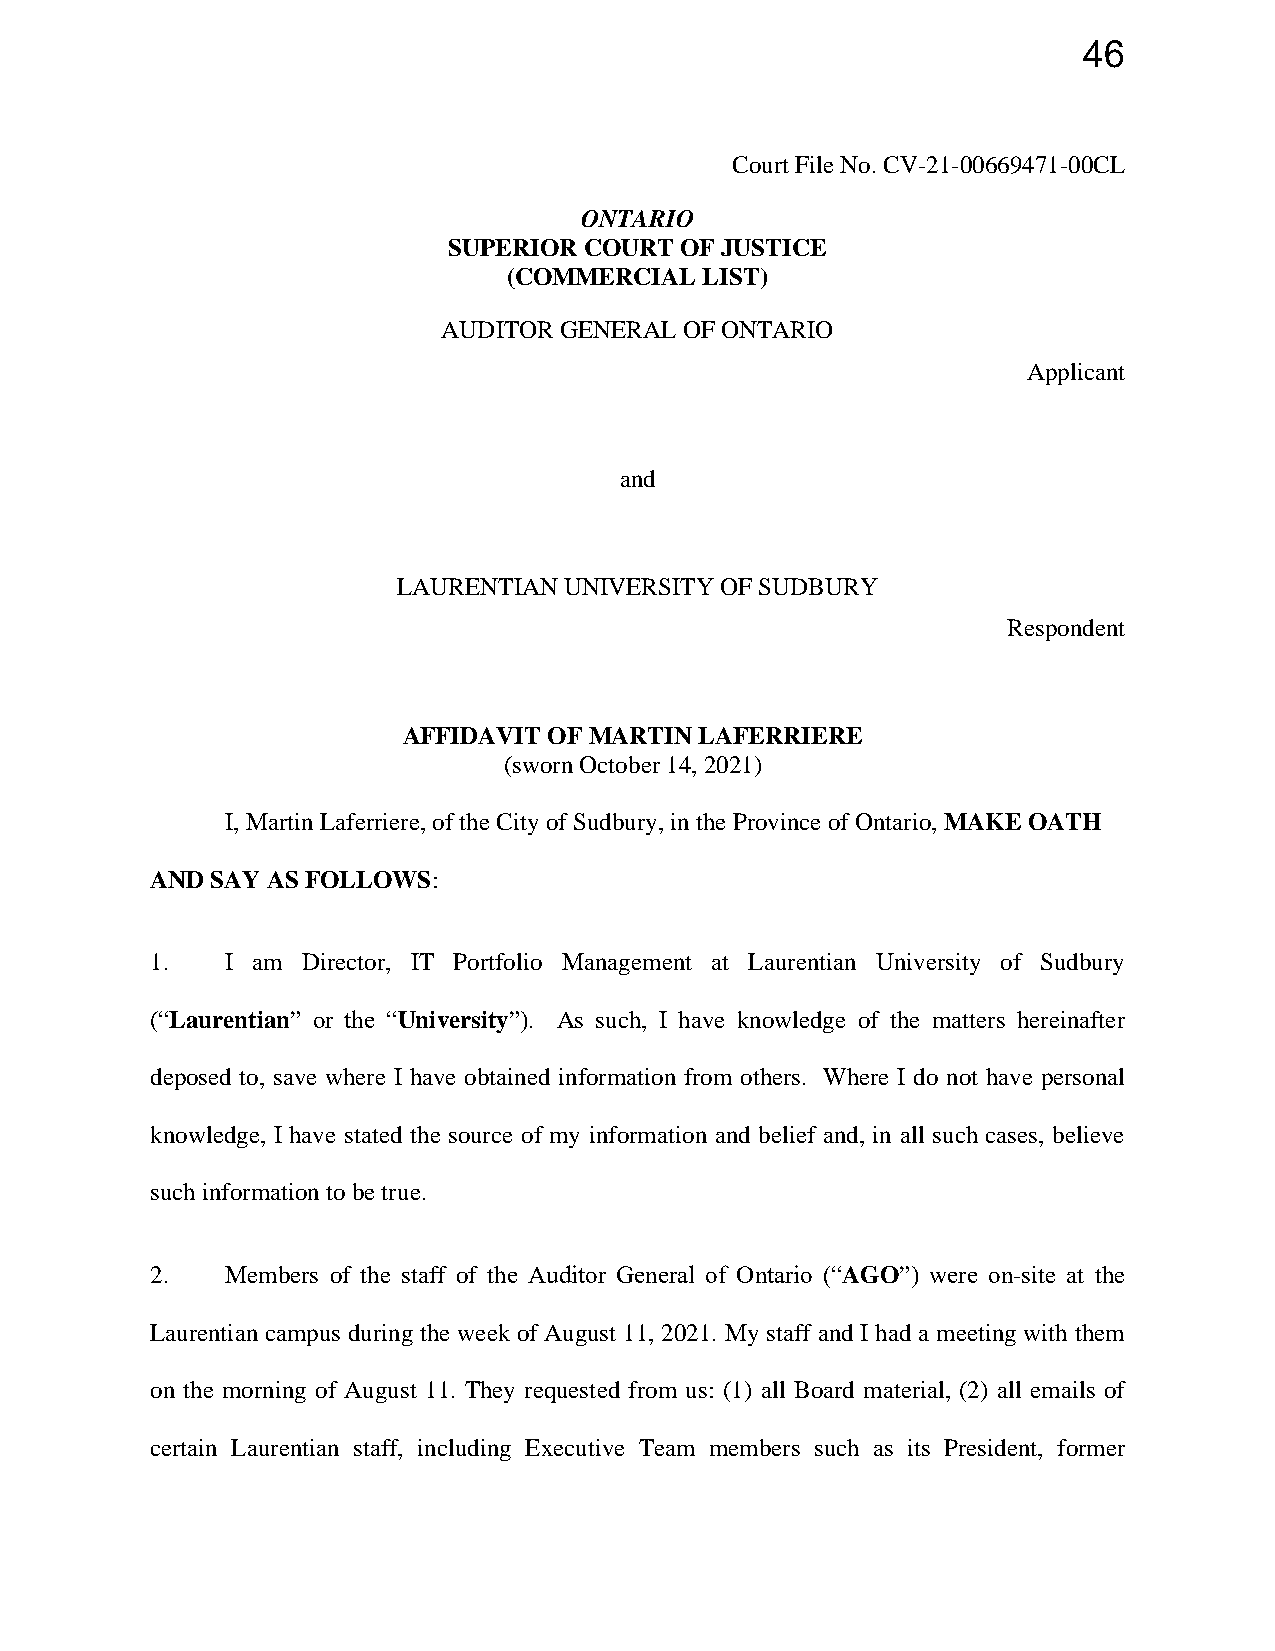
46
 Court File No. CV-21-00669471-00CL
 ONTARIO
 SUPERIOR COURT OF JUSTICE
 (COMMERCIAL  LIST)
 AUDITOR GENERAL OF ONTARIO
 Applicant
 and
 LAURENTIAN UNIVERSITY OF SUDBURY
 Respondent
 AFFIDAVIT OF MARTIN LAFERRIERE
 (sworn October 14, 2021)
 I, Martin Laferriere, of the City of Sudbury, in the Province of Ontario, MAKE OATH
 AND SAY AS FOLLOWS:
 1.   I am Director, IT Portfolio Management at Laurentian University of Sudbury
 (“Laurentian” or the “University”). As such, I have knowledge of the matters hereinafter
 deposed to, save where I have obtained information from others. Where I do not have personal
 knowledge, I have stated the source of my information and belief and, in all such cases, believe
 such information to be true.
 2.   Members of the staff of the Auditor General of Ontario (“AGO”) were on-site at the
 Laurentian campus during the week of August 11, 2021. My staff and I had a meeting with them
 on the morning of August 11. They requested from us: (1) all Board material, (2) all emails of
 certain Laurentian staff, including Executive Team members such as its President, former